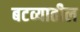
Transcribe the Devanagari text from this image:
बटव्यातील